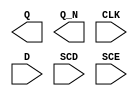
module sky130_fd_sc_hd__sdfxbp (
    Q  ,
    Q_N,
    CLK,
    D  ,
    SCD,
    SCE
);

    output Q  ;
    output Q_N;
    input  CLK;
    input  D  ;
    input  SCD;
    input  SCE;

    // Voltage supply signals
    supply1 VPWR;
    supply0 VGND;
    supply1 VPB ;
    supply0 VNB ;

endmodule